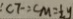
: C F = C M = \frac { 1 } { 2 } y